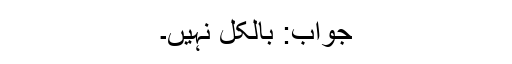
جواب: بالکل نہیں۔